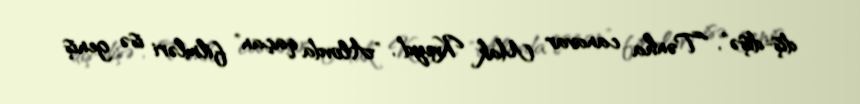
diş-dişə", "Tənha canavar Mak Kveyd", "Alovda qaçan" filmləri isə geniş